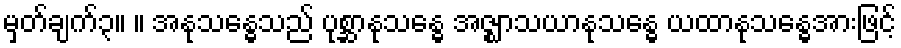
မှတ်ချက်၃။ ။ အနုသန္ဓေသည် ပုစ္ဆာနုသန္ဓေ အဇ္ဈာသယာနုသန္ဓေ ယထာနုသန္ဓေအားဖြင့်